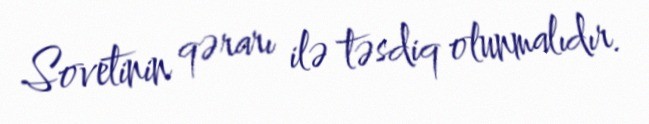
Sovetinin qərarı ilə təsdiq olunmalıdır.